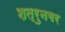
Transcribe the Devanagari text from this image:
शत्रुनगर